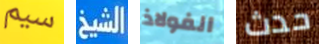
سيم الشيخ الفولاذ حدث